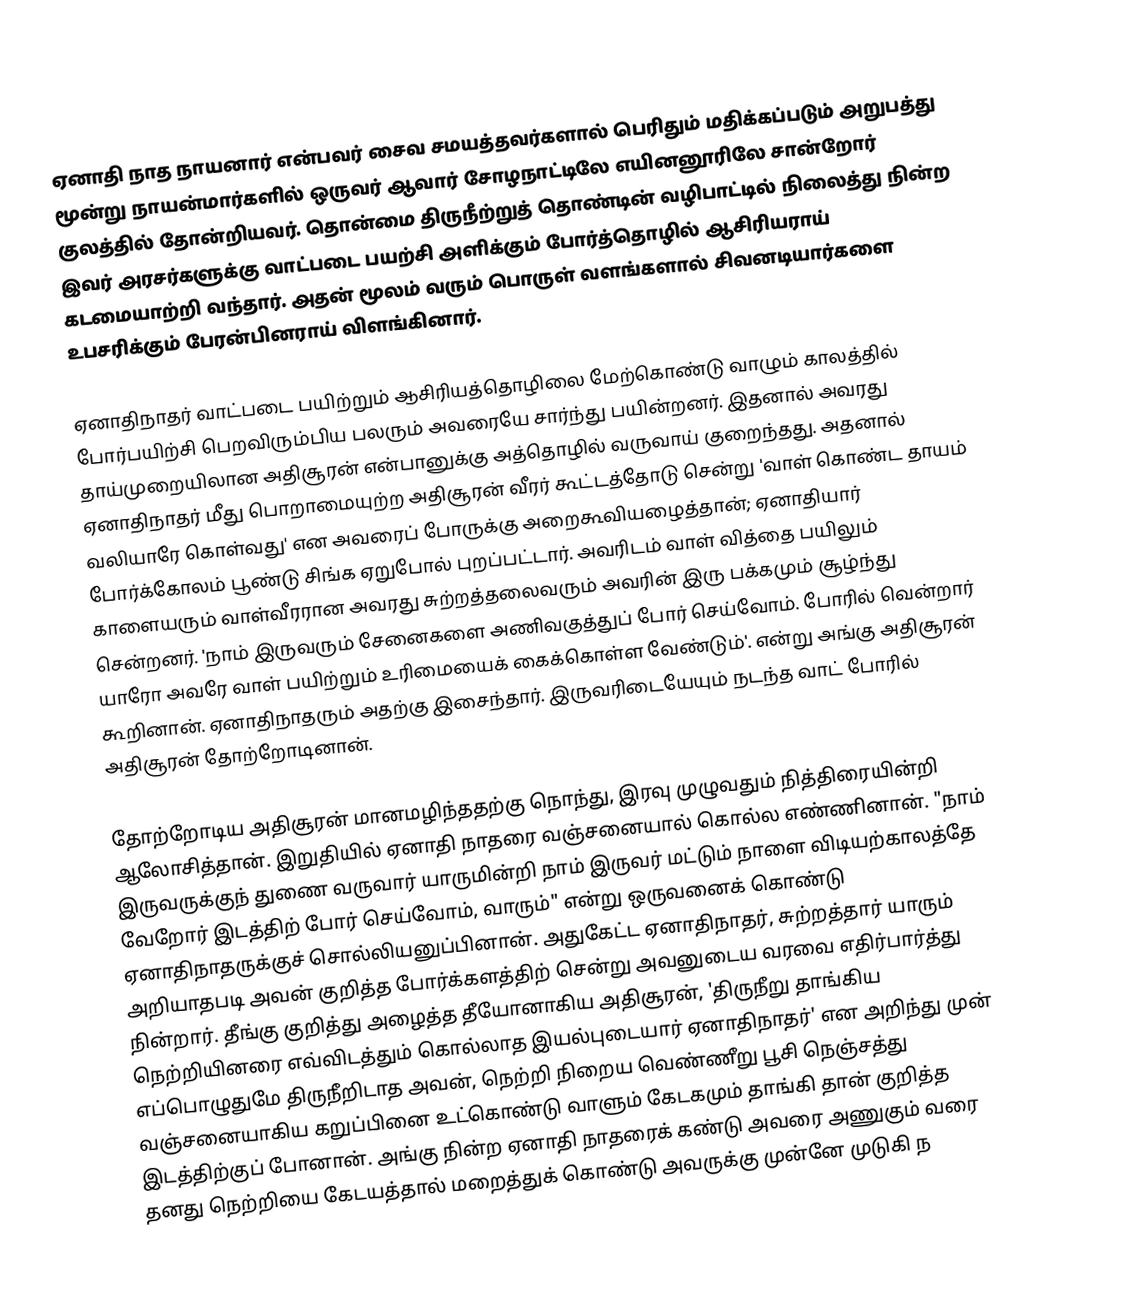
ஏனாதி நாத நாயனார் என்பவர் சைவ சமயத்தவர்களால் பெரிதும் மதிக்கப்படும் அறுபத்து மூன்று நாயன்மார்களில் ஒருவர் ஆவார் சோழநாட்டிலே எயினனூரிலே சான்றோர் குலத்தில் தோன்றியவர். தொன்மை திருநீற்றுத் தொண்டின் வழிபாட்டில் நிலைத்து நின்ற இவர் அரசர்களுக்கு வாட்படை பயற்சி அளிக்கும் போர்த்தொழில் ஆசிரியராய் கடமையாற்றி வந்தார். அதன் மூலம் வரும் பொருள் வளங்களால் சிவனடியார்களை உபசரிக்கும் பேரன்பினராய் விளங்கினார்.

ஏனாதிநாதர் வாட்படை பயிற்றும் ஆசிரியத்தொழிலை மேற்கொண்டு வாழும் காலத்தில் போர்பயிற்சி பெறவிரும்பிய பலரும் அவரையே சார்ந்து பயின்றனர். இதனால் அவரது தாய்முறையிலான அதிசூரன் என்பானுக்கு அத்தொழில் வருவாய் குறைந்தது. அதனால் ஏனாதிநாதர் மீது பொறாமையுற்ற அதிசூரன் வீரர் கூட்டத்தோடு சென்று 'வாள் கொண்ட தாயம் வலியாரே கொள்வது' என அவரைப் போருக்கு அறைகூவியழைத்தான்; ஏனாதியார் போர்க்கோலம் பூண்டு சிங்க ஏறுபோல் புறப்பட்டார். அவரிடம் வாள் வித்தை பயிலும் காளையரும் வாள்வீரரான அவரது சுற்றத்தலைவரும் அவரின் இரு பக்கமும் சூழ்ந்து சென்றனர். 'நாம் இருவரும் சேனைகளை அணிவகுத்துப் போர் செய்வோம். போரில் வென்றார் யாரோ அவரே வாள் பயிற்றும் உரிமையைக் கைக்கொள்ள வேண்டும்'. என்று அங்கு அதிசூரன் கூறினான். ஏனாதிநாதரும் அதற்கு இசைந்தார். இருவரிடையேயும் நடந்த வாட் போரில் அதிசூரன் தோற்றோடினான்.

தோற்றோடிய அதிசூரன் மானமழிந்ததற்கு நொந்து, இரவு முழுவதும் நித்திரையின்றி ஆலோசித்தான். இறுதியில் ஏனாதி நாதரை வஞ்சனையால் கொல்ல எண்ணினான். "நாம் இருவருக்குந் துணை வருவார் யாருமின்றி நாம் இருவர் மட்டும் நாளை விடியற்காலத்தே வேறோர் இடத்திற் போர் செய்வோம், வாரும்" என்று ஒருவனைக் கொண்டு ஏனாதிநாதருக்குச் சொல்லியனுப்பினான். அதுகேட்ட ஏனாதிநாதர், சுற்றத்தார் யாரும் அறியாதபடி அவன் குறித்த போர்க்களத்திற் சென்று அவனுடைய வரவை எதிர்பார்த்து நின்றார். தீங்கு குறித்து அழைத்த தீயோனாகிய அதிசூரன், 'திருநீறு தாங்கிய நெற்றியினரை எவ்விடத்தும் கொல்லாத இயல்புடையார் ஏனாதிநாதர்' என அறிந்து முன் எப்பொழுதுமே திருநீறிடாத அவன், நெற்றி நிறைய வெண்ணீறு பூசி நெஞ்சத்து வஞ்சனையாகிய கறுப்பினை உட்கொண்டு வாளும் கேடகமும் தாங்கி தான் குறித்த இடத்திற்குப் போனான். அங்கு நின்ற ஏனாதி நாதரைக் கண்டு அவரை அணுகும் வரை தனது நெற்றியை கேடயத்தால் மறைத்துக் கொண்டு அவருக்கு முன்னே முடுகி ந